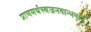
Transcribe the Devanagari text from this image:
प्राणमर्थस्वजनबान्धवान्